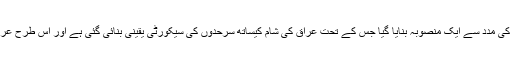
عراقی وزیراعظم نے مزید کہا کہ عوامی رضاکاروں کی مدد سے ایک منصوبہ بنایا گیا جس کے تحت عراق کی شام کیساتھ سرحدوں کی سیکورٹی یقینی بنائی گئی ہے اور اس طرح عراقی اور شامی داعشیوں کا رابطہ بھی منقطع ہوگیا ہے۔